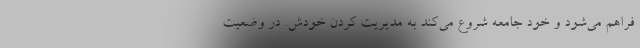
فراهم می‌شود و خود جامعه شروع می‌کند به مدیریت کردن خودش. در وضعیت